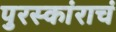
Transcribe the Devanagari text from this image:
पुरस्कांराचं